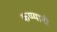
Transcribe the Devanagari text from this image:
कप्प्यानी